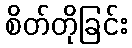
စိတ်တိုခြင်း